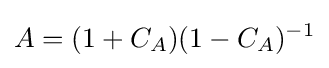
A=(1+C_{A})(1-C_{A})^{-1}